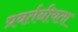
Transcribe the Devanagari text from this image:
प्रवर्तनीयता